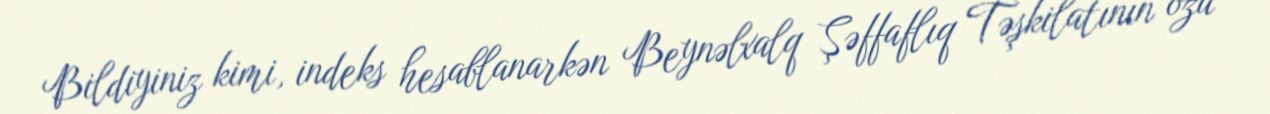
Bildiyiniz kimi, indeks hesablanarkən Beynəlxalq Şəffaflıq Təşkilatının özü